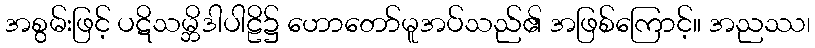
အစွမ်းဖြင့် ပဋိသမ္ဘိဒါပါဠိ၌ ဟောတော်မူအပ်သည်၏ အဖြစ်ကြောင့်။ အညဿ၊